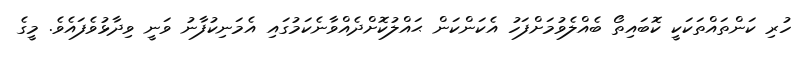
ހުރި ކަންތައްތަކަކީ ކޮބައިތޯ ބެއްލެވުމަށްފަހު އެކަންކަން ޙައްލުކޮށްދެއްވާނެކަމުގައި އެމަނިކުފާނު ވަނީ ވިދާޅުވެފައެވެ. މީގެ